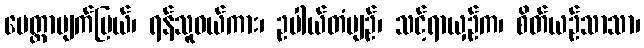
မေတ္တာပျက်ပြယ်၊ ရန်သူဝယ်ကား၊ ဥပါယ်တံမျဉ်၊ သင့်ရာယှဉ်က၊ စိတ်ယဉ်သာသာ၊